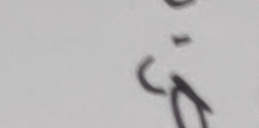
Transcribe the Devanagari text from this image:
सु.